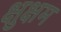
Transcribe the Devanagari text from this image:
क्षुक्षम